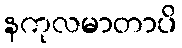
နကုလမာတာပိ